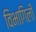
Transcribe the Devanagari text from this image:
विभागिली